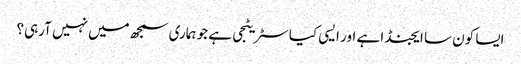
ایسا کون سا ایجنڈا ہے اور ایسی کیا سٹریٹجی ہے جو ہماری سمجھ میں نہیں آرہی؟